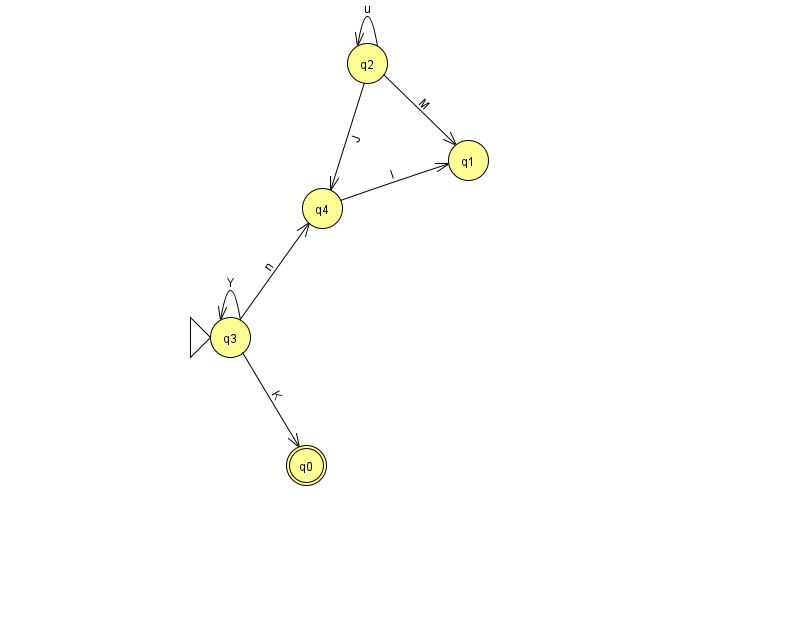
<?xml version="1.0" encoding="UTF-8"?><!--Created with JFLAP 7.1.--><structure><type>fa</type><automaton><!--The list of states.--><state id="0" name="q0"><x>306.0</x><y>452.0</y><final/></state><state id="1" name="q1"><x>468.0</x><y>147.0</y></state><state id="2" name="q2"><x>367.0</x><y>50.0</y></state><state id="3" name="q3"><x>230.0</x><y>324.0</y><initial/></state><state id="4" name="q4"><x>322.0</x><y>195.0</y></state><!--The list of transitions.--><transition><from>3</from><to>0</to><read>K</read></transition><transition><from>2</from><to>2</to><read>u</read></transition><transition><from>2</from><to>1</to><read>M</read></transition><transition><from>3</from><to>4</to><read>n</read></transition><transition><from>4</from><to>1</to><read>I</read></transition><transition><from>3</from><to>3</to><read>Y</read></transition><transition><from>2</from><to>4</to><read>J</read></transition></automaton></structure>